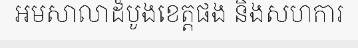
អមសាលាដំបូងខេត្តផង និងសហការ